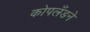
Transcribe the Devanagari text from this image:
कोपलँडने